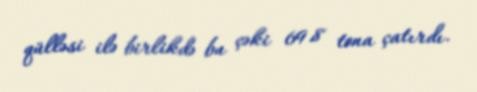
qülləsi ilə birlikdə bu çəki 69.8 tona çatırdı.